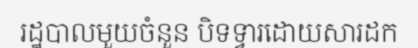
រដ្ឋបាលមួយចំនួន បិទទ្វារដោយសារដក